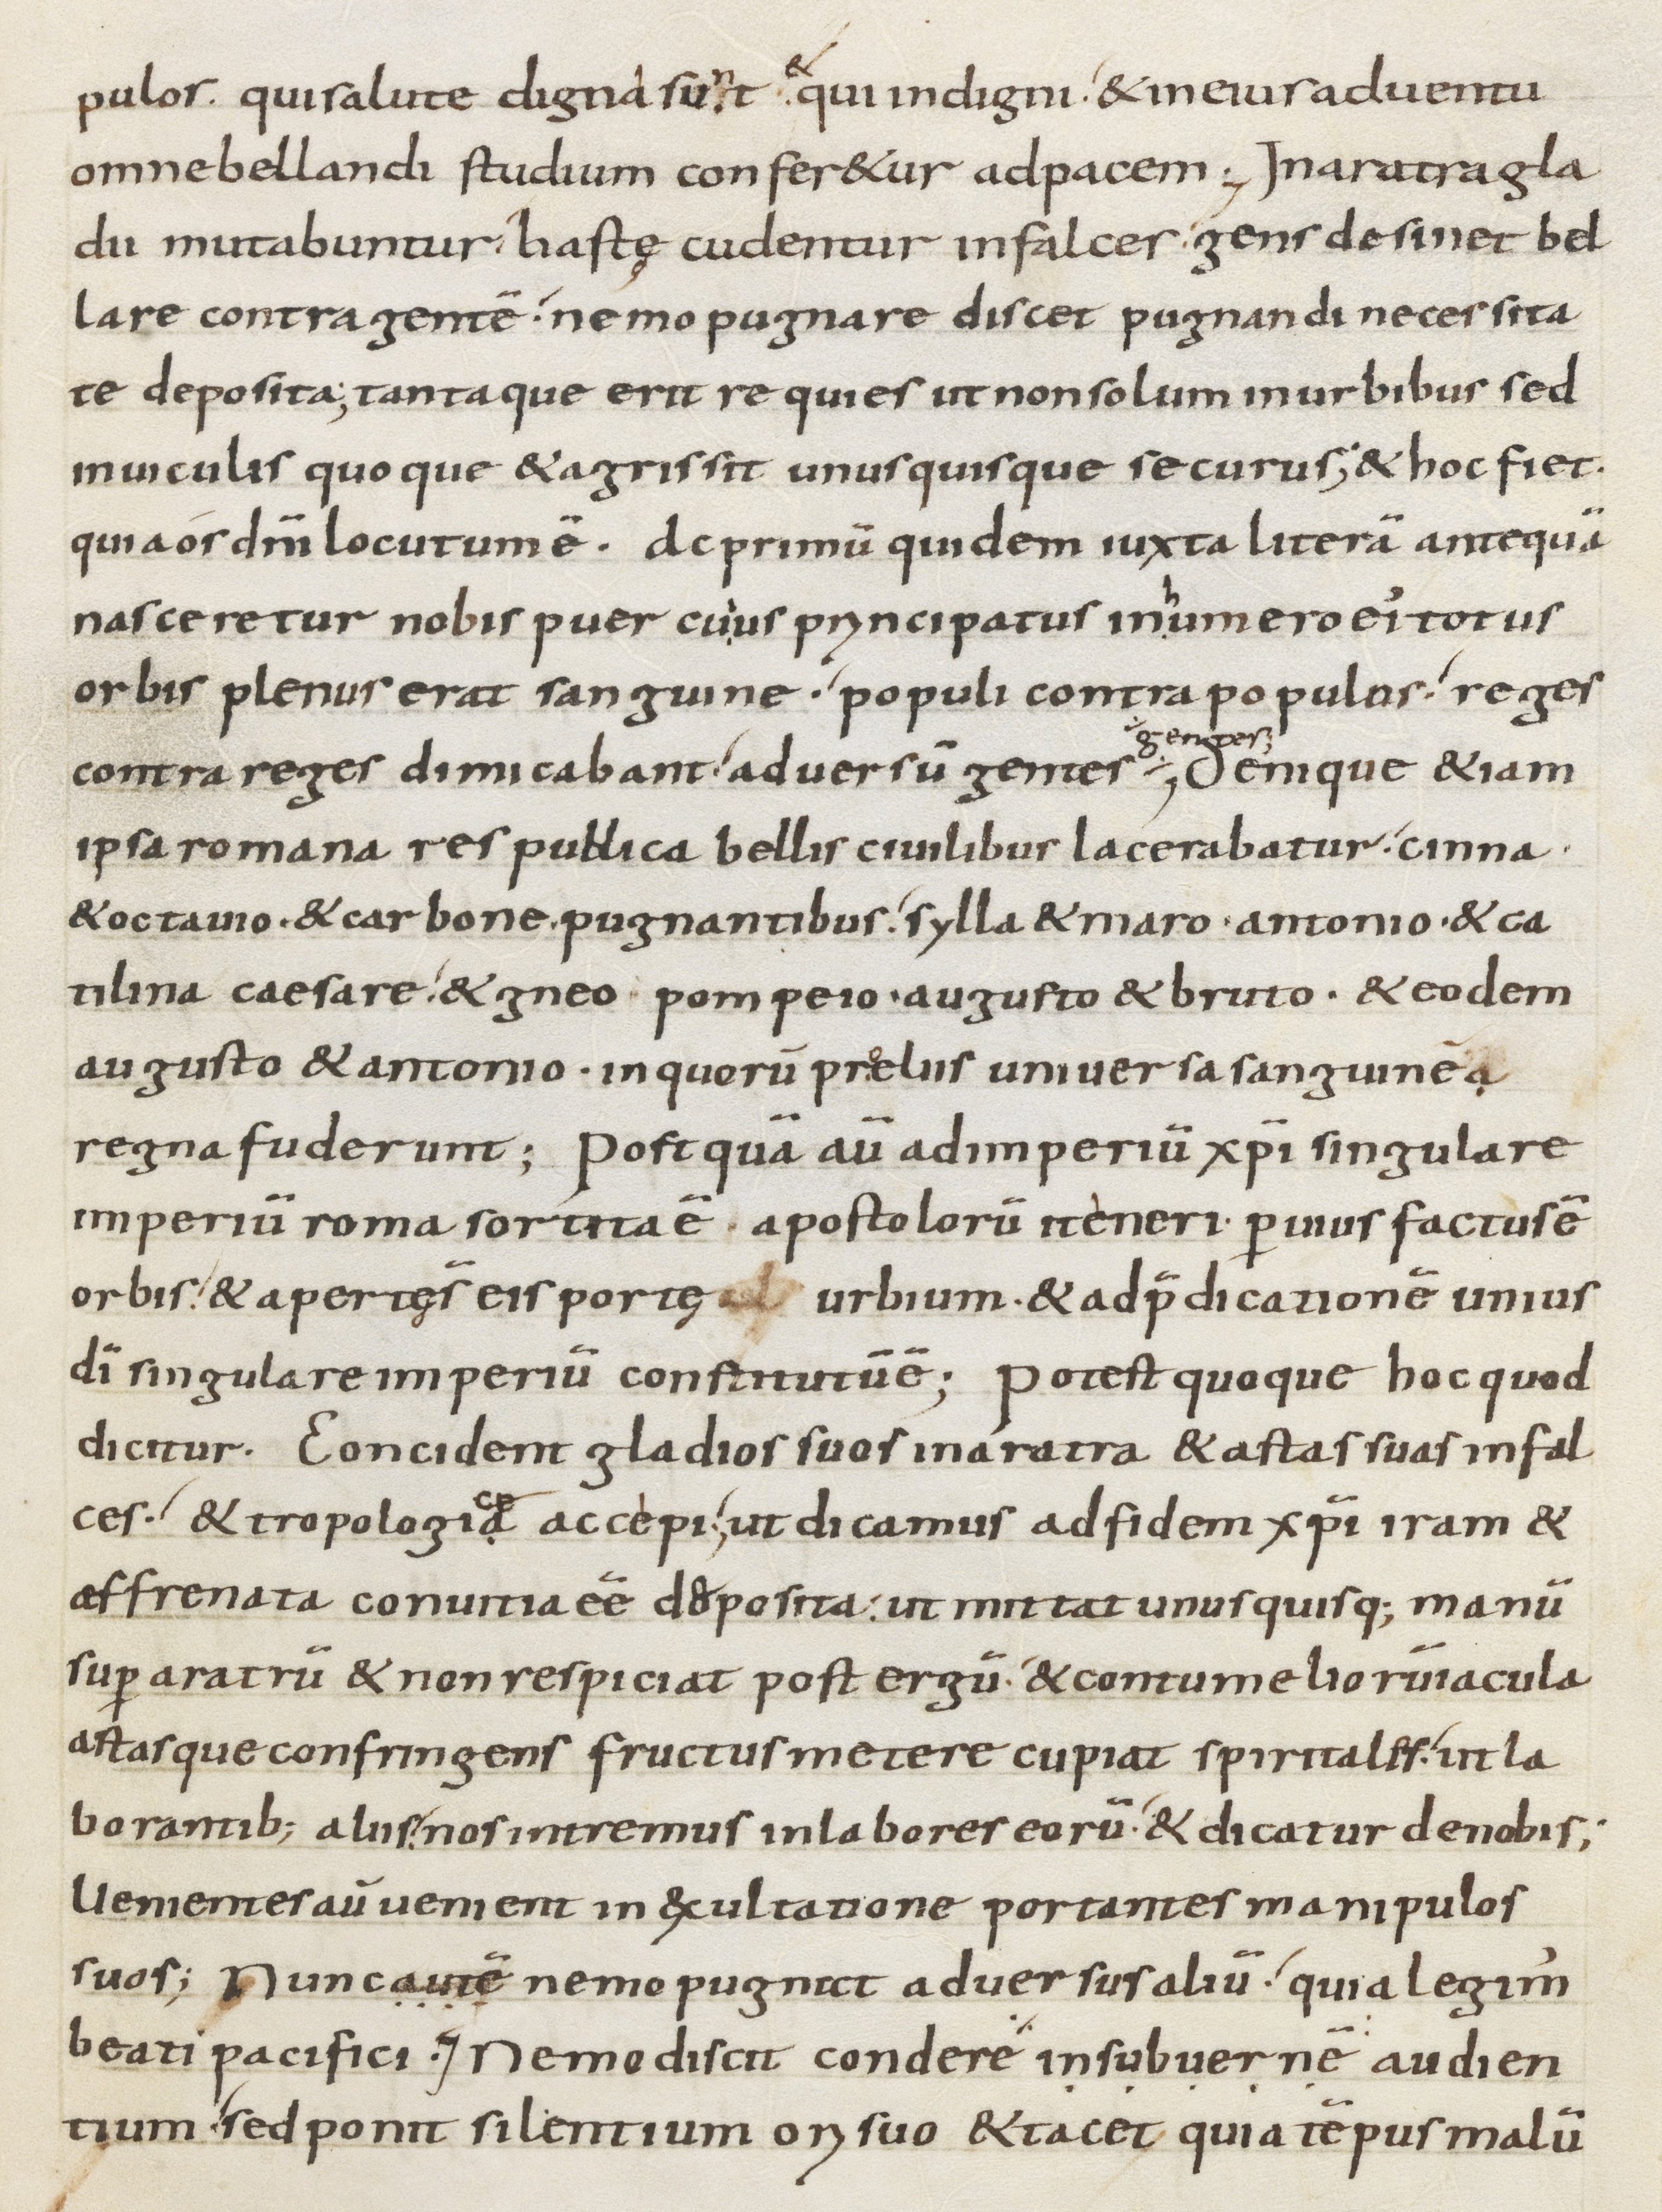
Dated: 800–899